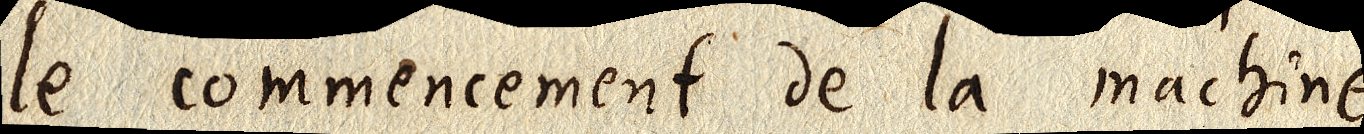
le commencement de la Machine.